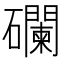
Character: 䃹